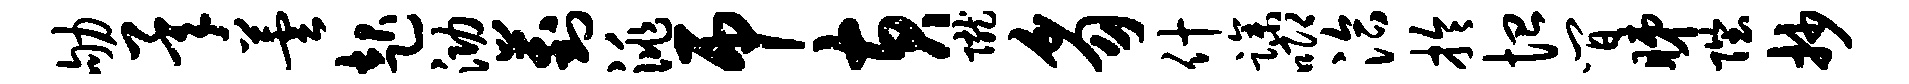
劬承芸起泐葑洮吊黄陇豸什躁唧洽拎恤间睇陛抄